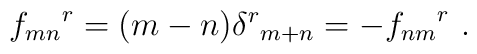
{f_{mn}}^{r} = (m-n) {\delta^{r}}_{m+n} = -{f_{nm}}^{r}~.